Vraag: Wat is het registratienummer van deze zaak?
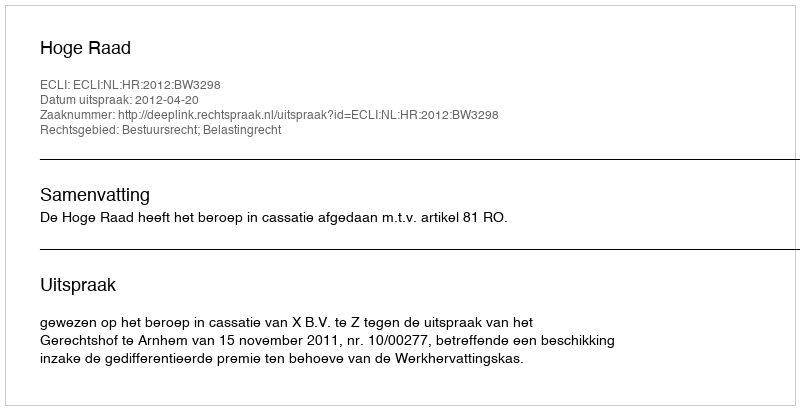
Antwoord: http://deeplink.rechtspraak.nl/uitspraak?id=ECLI:NL:HR:2012:BW3298